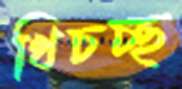
খিচচ্ছ